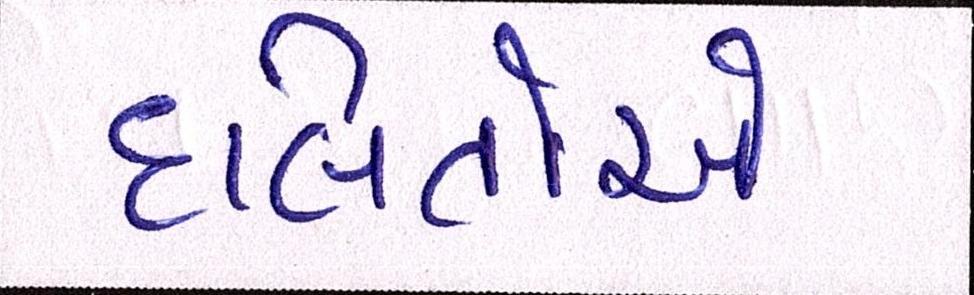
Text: દલિતોએ